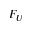
F _ { U }